Indian journal of veterinary science and animal husbandry - Volume 4,
Year: 1934
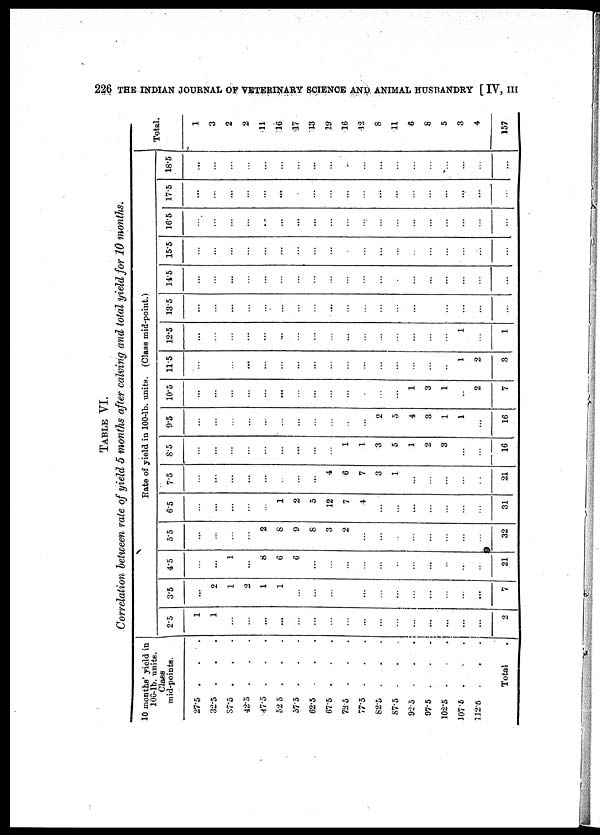
226 THE INDIAN JOURNAL OF VETERINARY SCIENCE AND ANIMAL HUSBANDRY [ IV, III
TABLE VI.
Correlation between rate of yield 5 months after calving and total yield for 10 months.
10 months' yield in
100-lb. units.
Class
mid-points.
27.5 . . .
32.5 . . .
37.5 . . .
42.5 . . .
47.5 . . .
52.5 . . .
57.5 . . .
62.5 . . .
67.5 . . .
72.5 . . .
77.5 . . .
82.5 . . .
87.5 . . .
92.5 . . .
97.5 . . .
102.5 . . .
107.5 . . .
112.5 . . .
Total .
Rate of yield in 100-lb. units . (Class mid-point.)
2.5
1
1
...
...
...
...
...
...
...
...
...
...
...
...
...
...
...
...
2
3.5
...
2
1
2
1
1
...
...
...
...
...
...
...
...
...
...
...
...
7
4.5
...
...
1
...
8
6
6
...
...
...
...
...
...
...
...
...
...
...
21
5.5
...
...
...
...
2
8
9
8
3
2
...
...
...
...
...
...
...
...
32
6.5
...
...
...
...
...
1
2
5
12
7
4
...
...
...
...
...
...
...
31
7.5
...
...
...
...
...
...
...
...
4
6
7
3
1
...
...
...
...
...
21
8.5
...
...
...
...
...
...
...
...
...
1
1
3
5
1
2
3
...
...
16
9.5
...
...
...
...
...
...
...
...
...
...
...
2
5
4
3
1
1
...
16
10.5
...
...
...
...
...
...
...
...
...
...
...
...
...
1
3
1
...
2
7
11.5
...
...
...
...
...
...
...
...
...
...
...
...
...
...
...
...
1
2
3
12.5
...
...
...
...
...
...
...
...
...
...
...
...
...
...
...
...
1
...
1
13.5
...
...
...
...
...
...
...
...
...
...
...
...
...
...
...
...
...
...
...
14.5
...
...
...
...
...
...
...
...
...
...
...
...
...
...
...
...
...
...
...
15.5
...
...
...
...
...
...
...
...
...
...
...
...
...
...
...
...
...
...
...
16.5
...
...
...
...
...
...
...
...
...
...
...
...
...
...
...
...
...
...
...
17.5
...
...
...
...
...
...
...
...
...
...
...
...
...
...
...
...
...
...
...
18.5
...
...
...
...
...
...
...
...
...
...
...
...
...
...
...
...
...
...
...
Total.
1
3
2
2
11
16
17
13
19
16
12
8
11
6
8
5
3
4
157